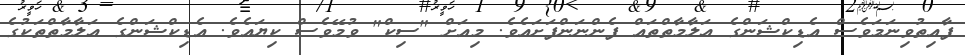
ފާއިތުވިނަމަވެސް އެޑިކްޝަންގެ ޢަލާމާތްތައް ފެންނަންފަށައެވެ. މިއަށް "ސިކް" ވުމޭވެސް ކިޔައެވެ. އެޑިކްޝަންގެ ޢަލާމާތްތަކުގެ